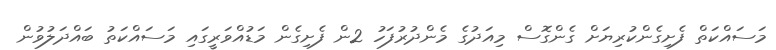
މަސައްކަތް ފެށިގެންކުރިޔަށް ގެންގޮސް މިއަދުގެ މެންދުރުފަހު 2ން ފެށިގެން މަޑުއްވަރީގައި މަސައްކަތު ބައްދަލުވުން